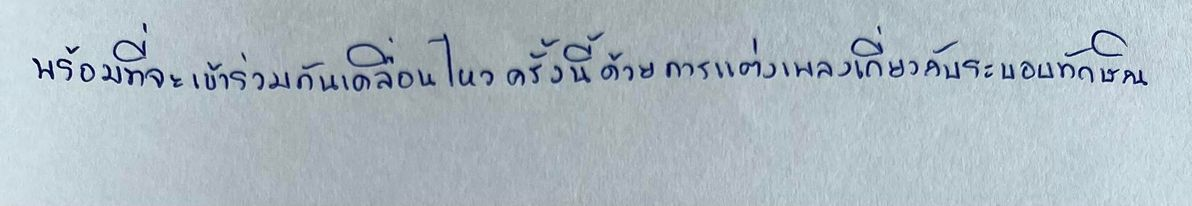
พร้อมที่จะเข้าร่วมกันเคลื่อนไหวครั้งนี้ด้วยการแต่งเพลงเกี่ยวกับระบอบทักษิณ